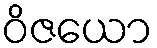
ဝိဇယော